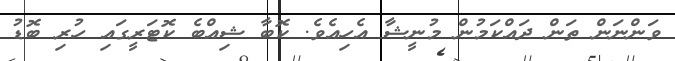
ވަންނަން ތަން ދައްކަމުން މުނީޝާ އެހިއެވެ. ކޮބާ ޝިއްބެ ކޮޓަރީގައި ހުރި ބޮޑު